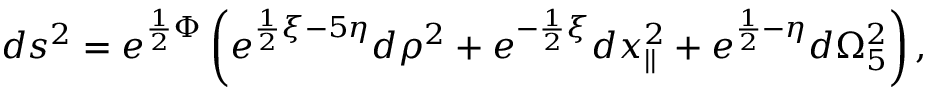
d s ^ { 2 } = e ^ { { \frac { 1 } { 2 } } \Phi } \left( e ^ { { \frac { 1 } { 2 } } \xi - 5 \eta } d \rho ^ { 2 } + e ^ { - { \frac { 1 } { 2 } } \xi } d x _ { | | } ^ { 2 } + e ^ { { \frac { 1 } { 2 } } - \eta } d \Omega _ { 5 } ^ { 2 } \right) ,